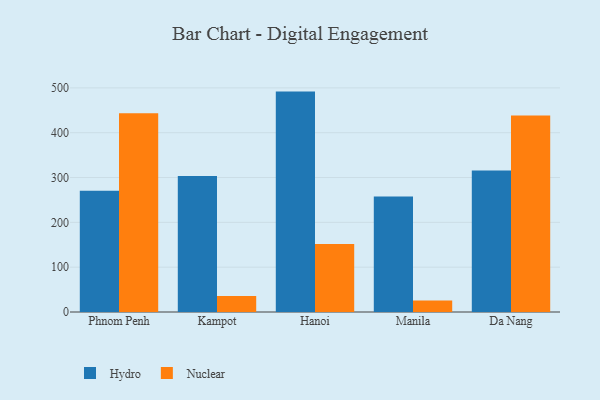
{"axis": {"x": "City", "y": "Page Views"}, "legend": ["Hydro", "Nuclear"], "data": [{"x": "Phnom Penh", "y": 270.6, "type": "Hydro"}, {"x": "Phnom Penh", "y": 443.4, "type": "Nuclear"}, {"x": "Kampot", "y": 303.5, "type": "Hydro"}, {"x": "Kampot", "y": 35.8, "type": "Nuclear"}, {"x": "Hanoi", "y": 491.7, "type": "Hydro"}, {"x": "Hanoi", "y": 151.9, "type": "Nuclear"}, {"x": "Manila", "y": 257.5, "type": "Hydro"}, {"x": "Manila", "y": 25.8, "type": "Nuclear"}, {"x": "Da Nang", "y": 315.5, "type": "Hydro"}, {"x": "Da Nang", "y": 438.2, "type": "Nuclear"}]}